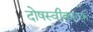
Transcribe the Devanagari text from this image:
दोषस्वीकारक